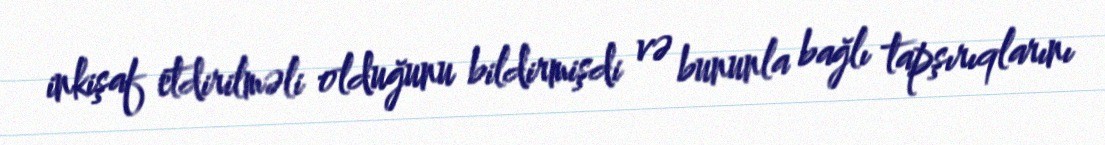
inkişaf etdirilməli olduğunu bildirmişdi və bununla bağlı tapşırıqlarını